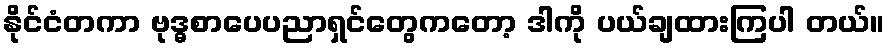
နိုင်ငံတကာ ဗုဒ္ဓစာပေပညာရှင်တွေကတော့ ဒါကို ပယ်ချထားကြပါ တယ်။